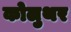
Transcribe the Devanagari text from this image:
कोलुथर